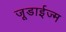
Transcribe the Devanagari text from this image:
जूडाईज्म